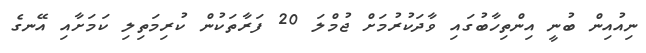
ނިއުއިން ބުނީ އިންތިހާބުގައި ވާދަކުރުމަށް ޖުމްލަ 20 ފަރާތަކުން ކުރިމަތިލި ކަމަށާއި އޭނގެ